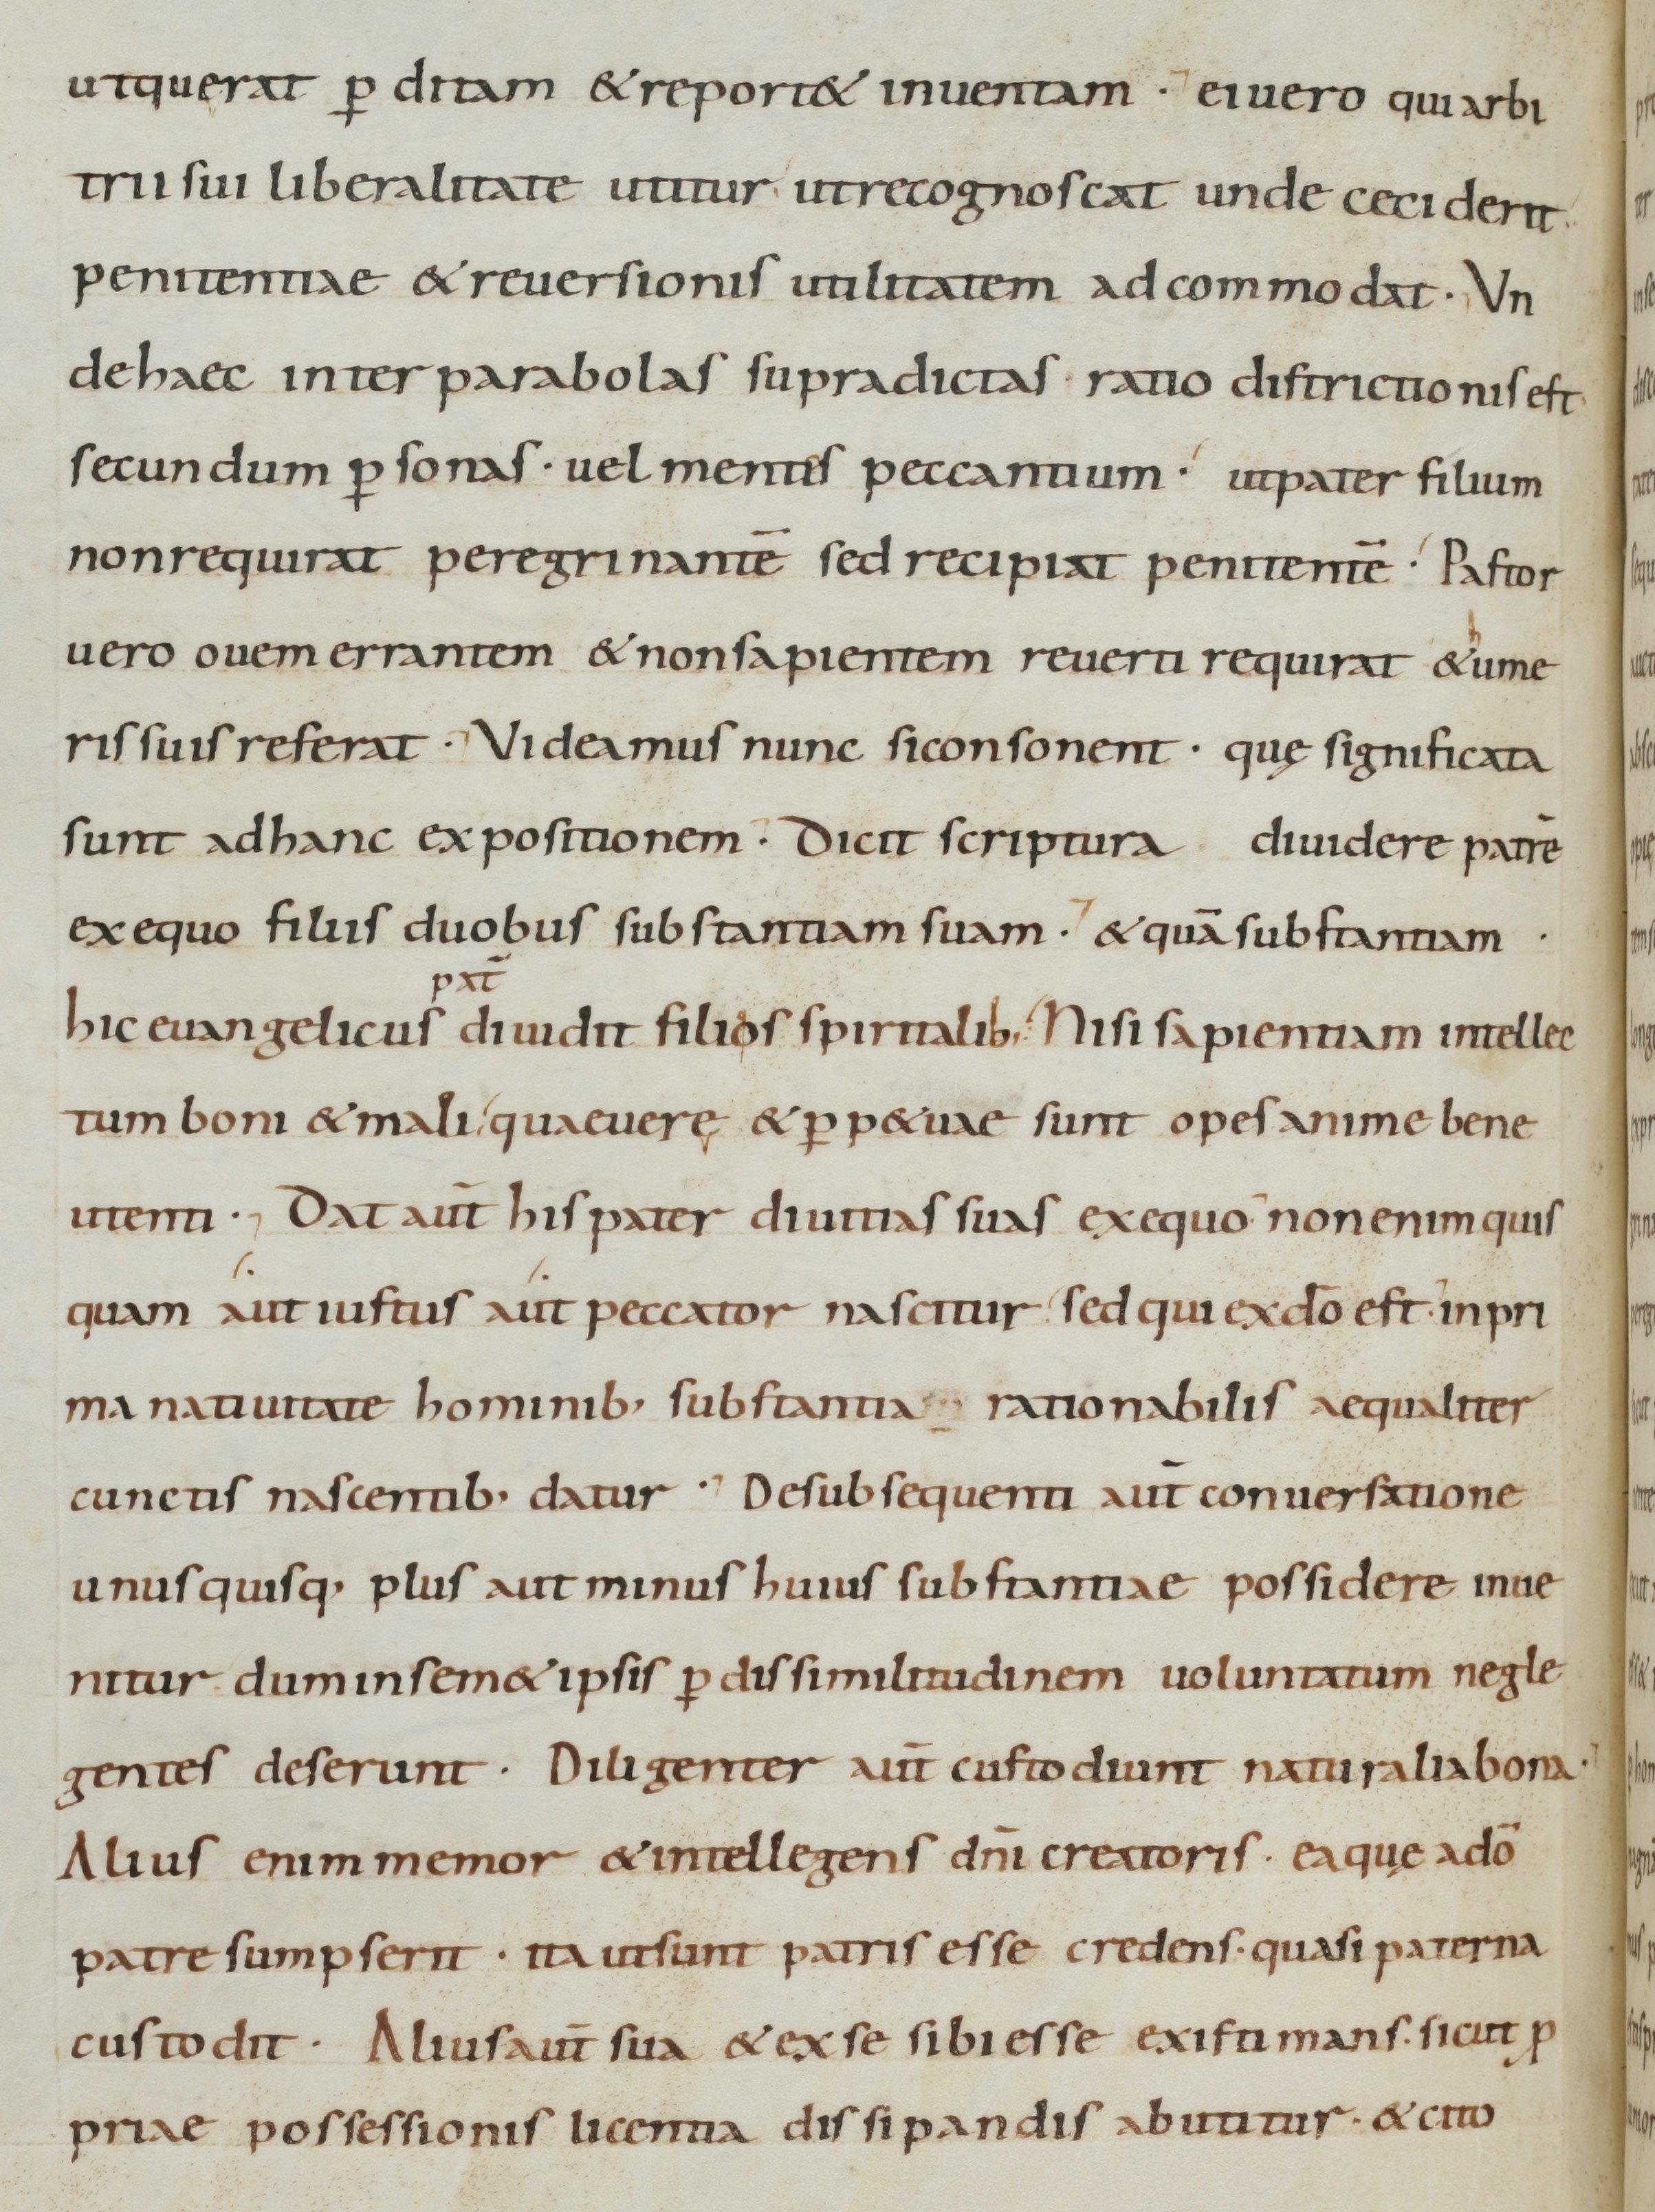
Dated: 800–899